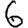
Digit: 6